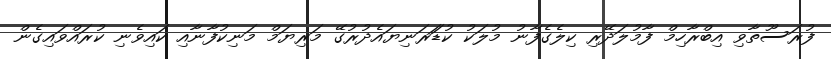
ފުރަސޫތާވި އިބްރާހިމް ފާމުލަދޭރި ކިލެގެފާނު މުލަކު ކުޑަަރަނިޔައެދުރުގޭ މަރިޔަމް މަނިކުފާނާއި ކައިވެނި ކުރައްވައިގެން